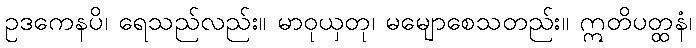
ဥဒကေနပိ၊ ရေသည်လည်း။ မာဝုယှတု၊ မမျောစေသတည်း။ ဣတိပတ္ထနံ၊